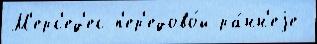
М'ерс'ед'ес п'ер'едово́й ра́нн'еjе